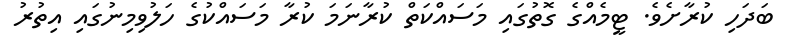
ބަދަހި ކުރާށެވެ. ޓީމެއްގެ ގޮތުގައި މަސައްކަތް ކުރާނަމަ ކުރާ މަސައްކުގެ ހަލުވިމިނުގައި އިތުރު